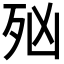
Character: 𣧑